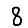
Digit: 8